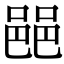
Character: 䣈